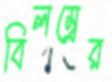
বিলম্বের